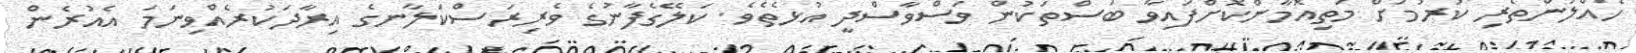
ހެއްލުންތެރި ކުރުމަށް މަތިއޮމާންކޮށްފައިވާ ބަސްތަކުން ވަސްވާސްދީ އުޅެތެވެ. ކަލޭގެފާނުގެ ވެރިރަސްކަލާނގެ އިރާދަކުރެއްވިނަމަ އެއުރެން